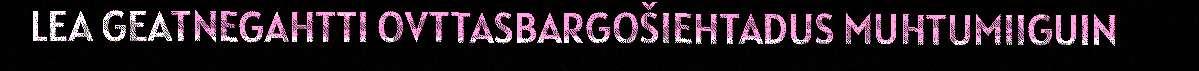
LEA GEATNEGAHTTI OVTTASBARGOŠIEHTADUS MUHTUMIIGUIN